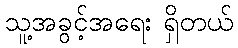
သူ့အခွင့်အရေး ရှိတယ်